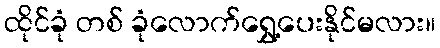
ထိုင်ခုံ တစ် ခုံလောက်ရွှေ့ပေးနိုင်မလား။